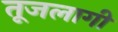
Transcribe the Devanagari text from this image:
तूजलागी